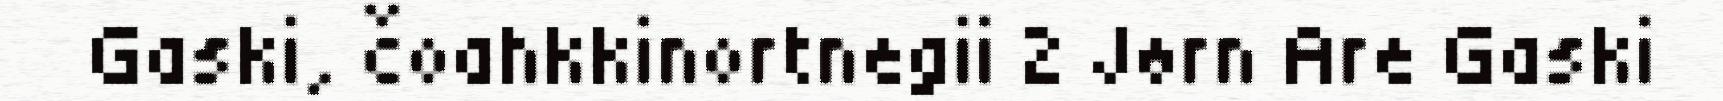
Gaski, čoahkkinortnegii 2 Jørn Are Gaski